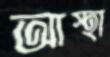
আস্হা